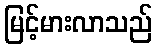
မြင့်မားလာသည်